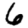
Digit: 6